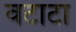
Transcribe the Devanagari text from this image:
वटाटा